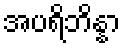
အပရိဘိန္နာ